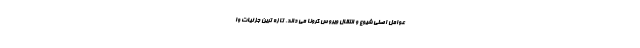
عوامل اصلی شیوع و انتقال ویروس کرونا می داند. تازه ترین جزئیات وا